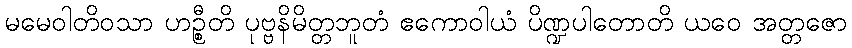
မမေဝါတိဝသာ ဟဉ္စီတိ ပုဗ္ဗနိမိတ္တဘူတံ ဧကောဝါယံ ပိဏ္ဍပါတောတိ ယဝေ အတ္တဇော